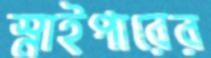
স্নাইপারের